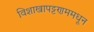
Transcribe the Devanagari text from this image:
विशाखापट्टणममधून